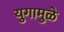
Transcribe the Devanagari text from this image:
युगामुळे